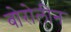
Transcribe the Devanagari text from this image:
बोरोलीन